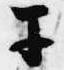
于